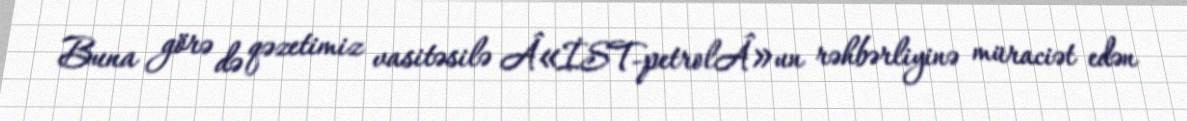
Buna görə də qəzetimiz vasitəsilə Â«İST-petrolÂ»un rəhbərliyinə müraciət edən